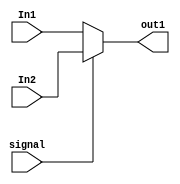
`timescale 1ns / 1ps
//////////////////////////////////////////////////////////////////////////////////
// Company: 
// Engineer: 
// 
// Design Name: 
// Module Name:    MUX_8bit 
// Project Name: 
// Target Devices: 
// Tool versions: 
// Description: 
//
// Dependencies: 
//
// Revision: 
// Revision 0.01 - File Created
// Additional Comments: 
//
//////////////////////////////////////////////////////////////////////////////////
module MUX_8bit(
    input [7:0] In1,
    input [7:0] In2,
    input signal,
    output [7:0] out1
    );
	 
	 reg[7:0] out_reg;
	 
	 assign out1 = out_reg;
	 
	 always@(In1 or In2 or signal)
		begin
			if(signal == 0) begin
				out_reg = In1;
			end else begin
				out_reg = In2;
			end
		end
		
endmodule